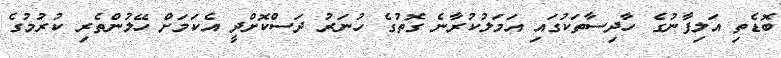
ބޮޑެތި އަލިފާނުގެ ހާދިސާތަކުގައި އަމަލުކުރާނެ ގޮތުގެ ހުނަރު ދަސްކޮށްދީ އެކަމަށް ހޭލުންތެރި ކުރުމުގެ